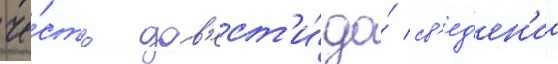
че́сть дов'ест'и́ до́ св'ед'ен'иа